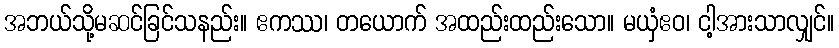
အဘယ်သို့မဆင်ခြင်သနည်း။ ဧကဿ၊ တယောက် အထည်းထည်းသော။ မယှံဧဝ၊ ငါ့အားသာလျှင်။